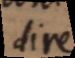
dire